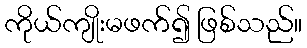
ကိုယ်ကျိုးမဖက်၍ ဖြစ်သည်။